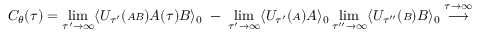
C _ { \theta } ( \tau ) = \operatorname * { l i m } _ { \tau ^ { \prime } \rightarrow \infty } \langle { \cal U } _ { \tau ^ { \prime } } ( { \scriptstyle { \cal A B } } ) { \cal A } ( \tau ) { \cal B } \rangle _ { 0 } \; - \; \operatorname * { l i m } _ { \tau ^ { \prime } \rightarrow \infty } \langle { \cal U } _ { \tau ^ { \prime } } ( { \scriptstyle { \cal A } } ) { \cal A } \rangle _ { 0 } \operatorname * { l i m } _ { \tau ^ { \prime \prime } \rightarrow \infty } \langle { \cal U } _ { \tau ^ { \prime \prime } } ( { \scriptstyle { \cal B } } ) { \cal B } \rangle _ { 0 } \stackrel { \tau \rightarrow \infty } { \longrightarrow }